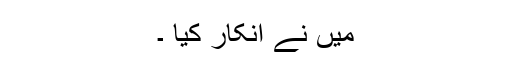
میں نے انکار کیا ۔